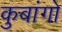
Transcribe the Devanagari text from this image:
कुबांगो